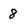
Character: 8